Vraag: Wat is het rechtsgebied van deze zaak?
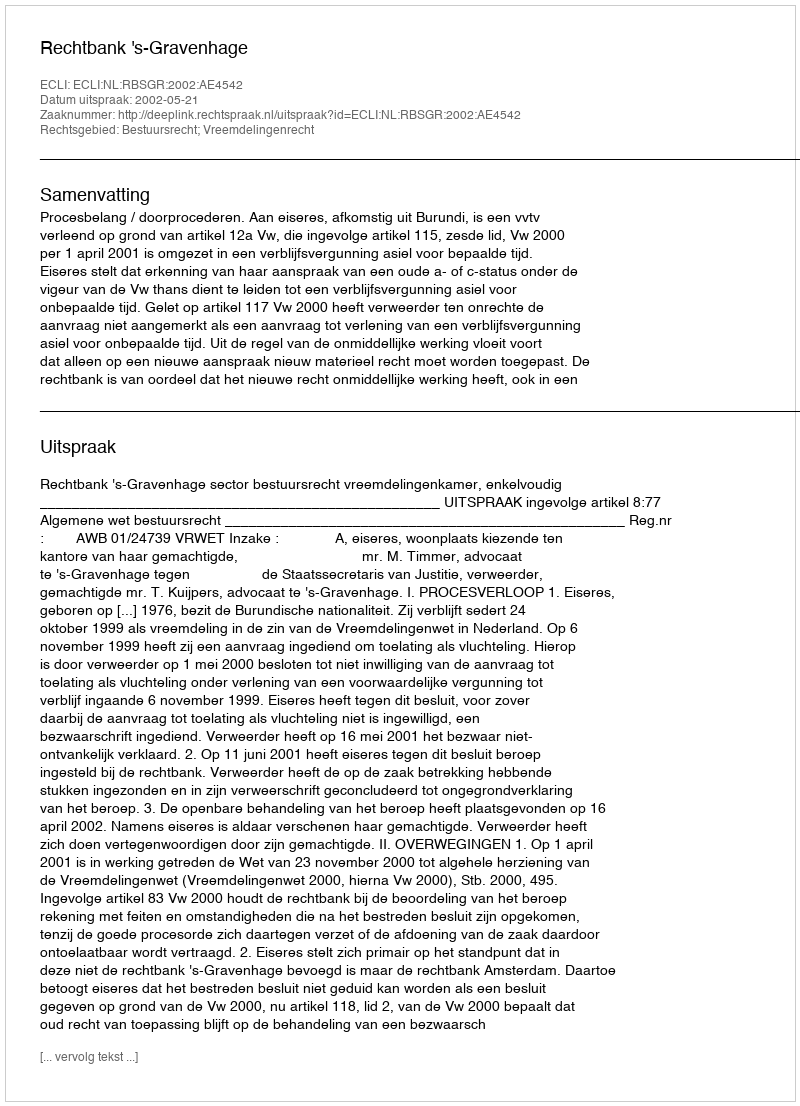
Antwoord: Bestuursrecht; Vreemdelingenrecht